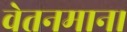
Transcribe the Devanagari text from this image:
वेतनमान।